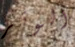
الوتر